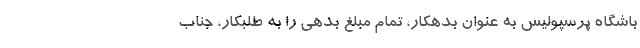
باشگاه پرسپولیس به عنوان بدهکار، تمام مبلغ بدهی را به طلبکار، جناب